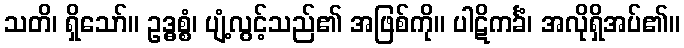
သတိ၊ ရှိသော်။ ဥဒ္ဓစ္စံ၊ ပျံ့လွင့်သည်၏ အဖြစ်ကို။ ပါဋိကင်္ခံ၊ အလိုရှိအပ်၏။